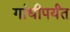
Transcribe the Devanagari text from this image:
गांधीपर्यंत